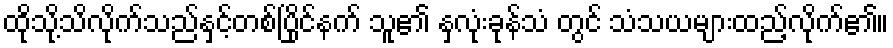
ထိုသို့သိလိုက်သည်နှင့်တစ်ပြိုင်နက် သူ၏ နှလုံးခုန်သံ တွင် သံသယများထည့်လိုက်၏။